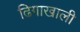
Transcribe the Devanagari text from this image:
ढिगाखाली